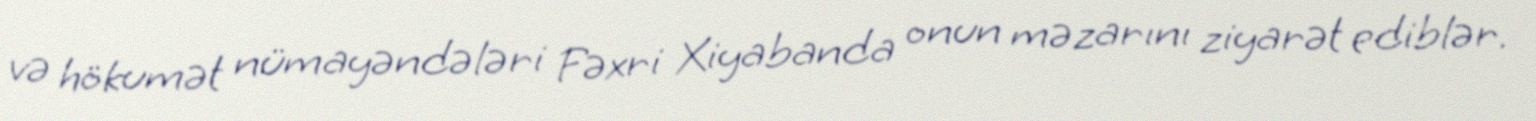
və hökumət nümayəndələri Fəxri Xiyabanda onun məzarını ziyarət ediblər.